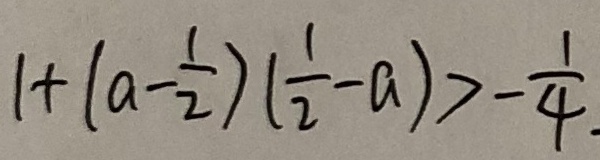
1 + ( a - \frac { 1 } { 2 } ) ( \frac { 1 } { 2 } - a ) > - \frac { 1 } { 4 } .